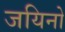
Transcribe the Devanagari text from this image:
जयिनो